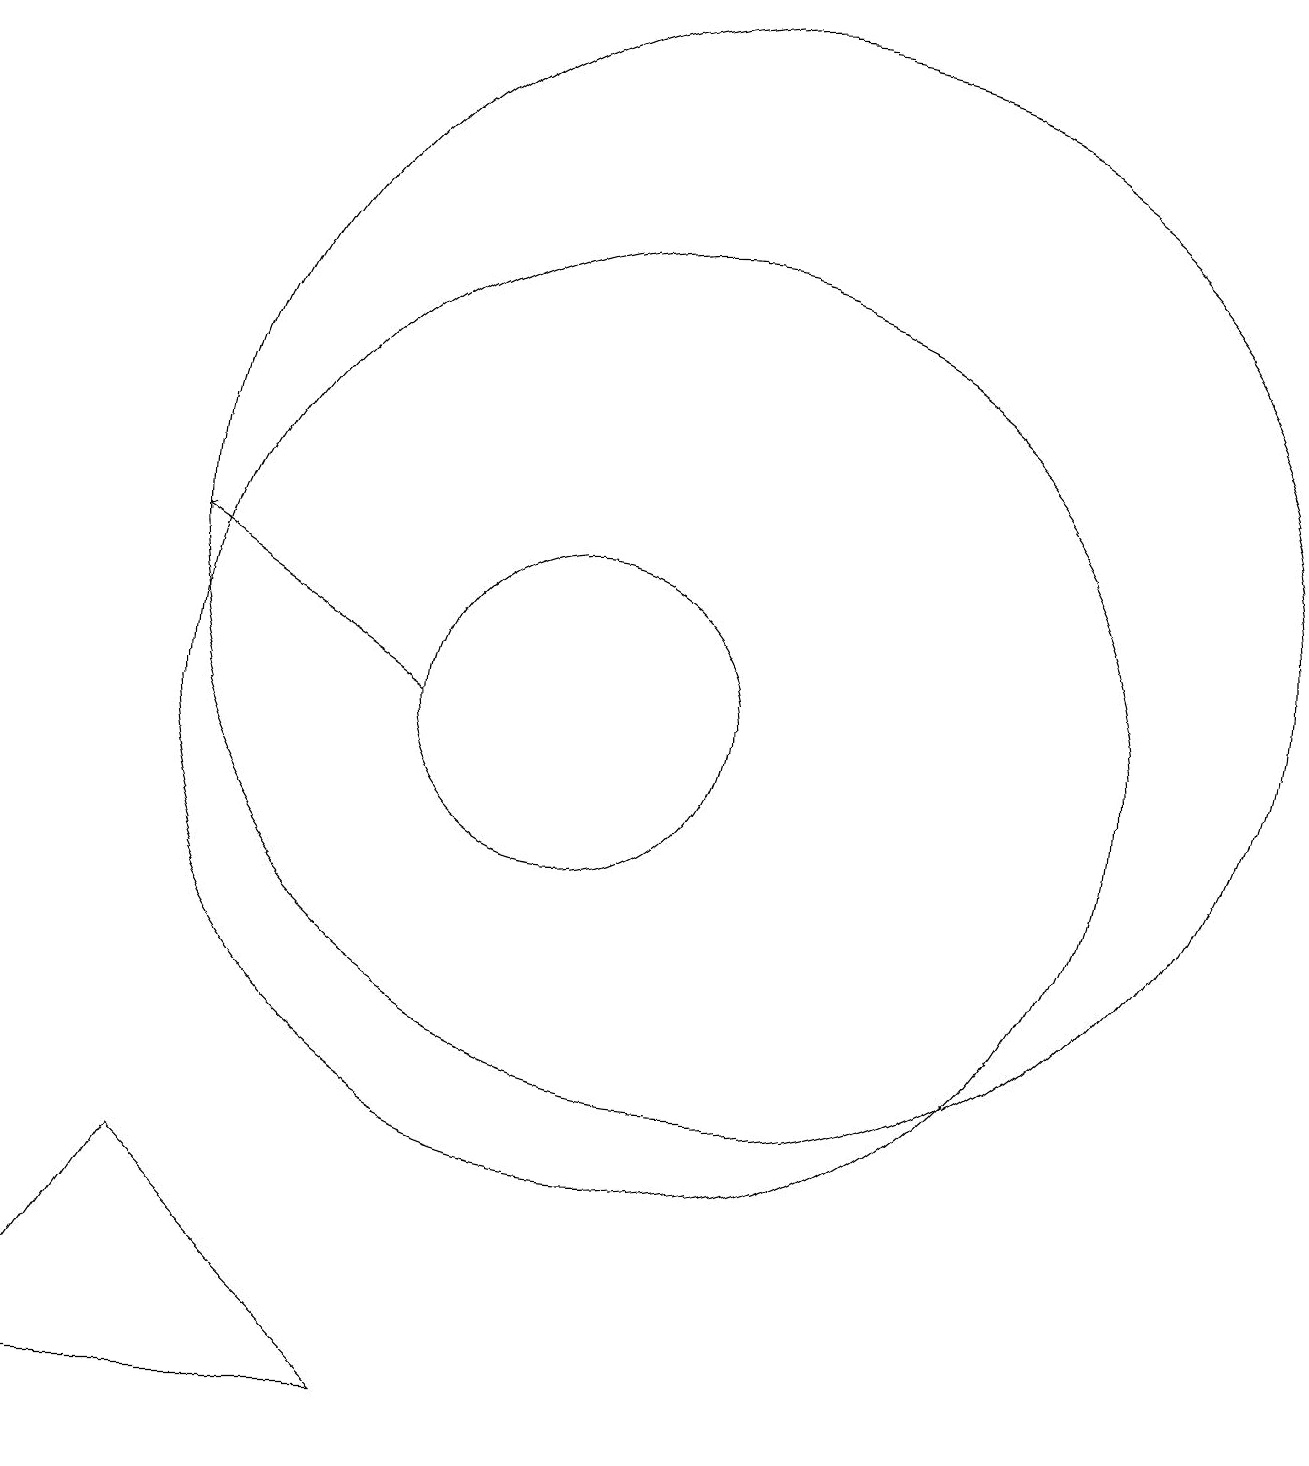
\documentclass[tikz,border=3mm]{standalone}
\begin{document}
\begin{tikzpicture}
\draw (10,10) circle (2);
\draw (11,10) circle (6);
\draw[->] (8,10) -- (5,12);
\draw (12,12) circle (7);
\draw (3,1) -- (5,4) -- (8,1) -- cycle;
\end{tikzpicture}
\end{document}